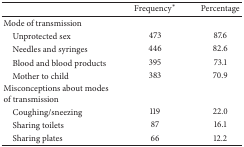
<table><thead><tr><td><b> </b></td><td><b>Frequency<sup><i>∗</i></sup></b></td><td><b>Percentage</b></td></tr></thead><tbody><tr><td>Mode of transmission</td><td> </td><td> </td></tr><tr><td> Unprotected sex</td><td>473</td><td>87.6</td></tr><tr><td> Needles and syringes</td><td>446</td><td>82.6</td></tr><tr><td> Blood and blood products</td><td>395</td><td>73.1</td></tr><tr><td> Mother to child</td><td>383</td><td>70.9</td></tr><tr><td>Misconceptions about modes of transmission</td><td> </td><td> </td></tr><tr><td> Coughing/sneezing</td><td>119</td><td>22.0</td></tr><tr><td> Sharing toilets</td><td>87</td><td>16.1</td></tr><tr><td> Sharing plates</td><td>66</td><td>12.2</td></tr></tbody></table>